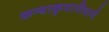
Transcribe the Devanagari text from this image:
कन्याकुमारीमार्गे